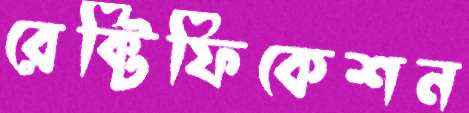
রেক্টিফিকেশন